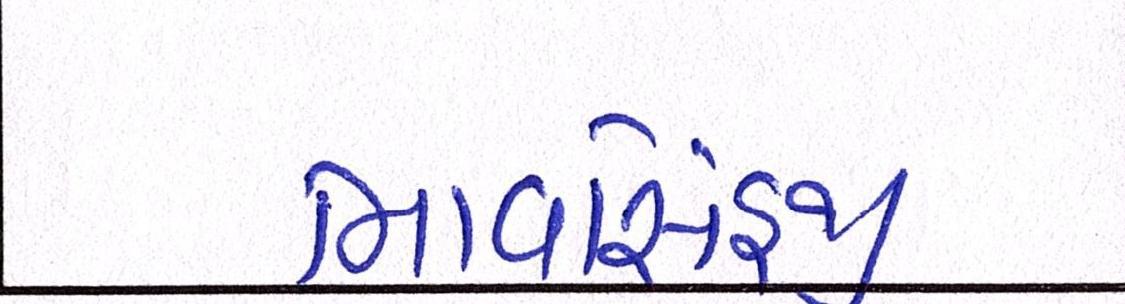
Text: ભાવસિંહજી